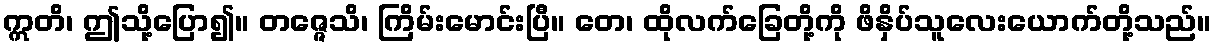
ဣတိ၊ ဤသို့ပြော၍။ တဇ္ဇေသိ၊ ကြိမ်းမောင်းပြီ။ တေ၊ ထိုလက်ခြေတို့ကို ဖိနှိပ်သူလေးယောက်တို့သည်။